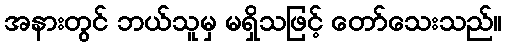
အနားတွင် ဘယ်သူမှ မရှိသဖြင့် တော်သေးသည်။